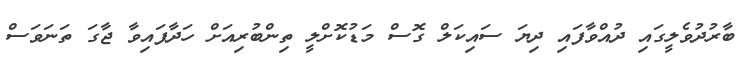
ބާރުދުވެލީގައި ދުއްވާފައި ދިޔަ ސައިކަލް ގޮސް މަޑުކޮށްލީ ތިންބުރިއަށް ހަދާފައިވާ ޖާގަ ތަނަވަސް